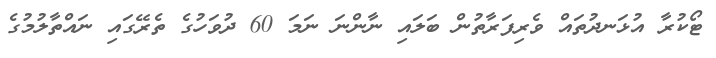
ޓޯކުރާ އުޅަނދުތައް ވެރިފަރާތުން ބަލައި ނާންނަ ނަމަ 60 ދުވަހުގެ ތެރޭގައި ނައްތާލުމުގެ